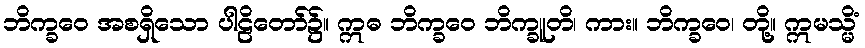
ဘိက္ခဝေ အစရှိသော ပါဠိတော်၌။ ဣဓ ဘိက္ခဝေ ဘိက္ခူတိ၊ ကား။ ဘိက္ခဝေ၊ တို့။ ဣမသ္မိံ